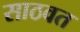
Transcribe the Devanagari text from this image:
साठवत